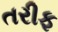
તરીફ